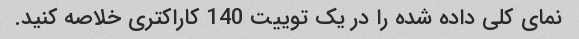
نمای کلی داده شده را در یک توییت 140 کاراکتری خلاصه کنید.